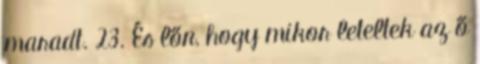
maradt. 23. És lőn, hogy mikor leteltek az ő